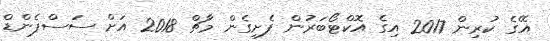
އޭގެ ކުރިން 2017 އިގެ އޮކްޓޯބަރުން ފެށިގެން މާޗް 2018 އަށް ސަސްޕެންޑް